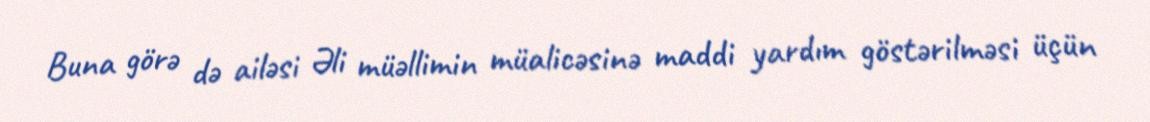
Buna görə də ailəsi Əli müəllimin müalicəsinə maddi yardım göstərilməsi üçün